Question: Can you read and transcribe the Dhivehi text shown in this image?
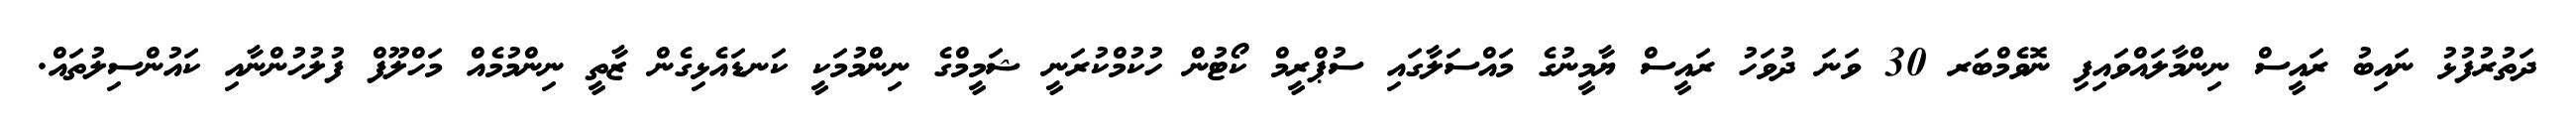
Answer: ދަތުރުފުޅު ނައިބު ރައީސް ނިންމާލައްވައިފި ނޮވެމްބަރ 30 ވަނަ ދުވަހު ރައީސް ޔާމީނުގެ މައްސަލާގައި ސުޕްރީމް ކޯޓުން ހުކުމްކުރަނީ ޝަމީމްގެ ނިންމުމަކީ ކަނޑައެޅިގެން ޒާތީ ނިންމުމެއް މަހްލޫފް ފުލުހުންނާއި ކައުންސިލުތައް.